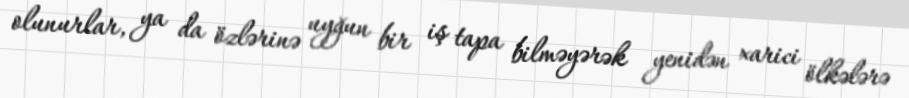
olunurlar, ya da özlərinə uyğun bir iş tapa bilməyərək yenidən xarici ölkələrə